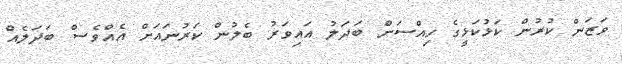
ވަޒަން ކުރުން ކަޅުކަޅީގެ ހިއްސަށް ބަދަލު އައިވަރު ބެލުން ކަރުނައަށް އެއްވެސް ބަދަލެއް